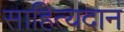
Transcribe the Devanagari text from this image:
साहित्यदान